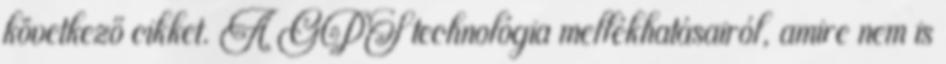
következő cikket. A GPS technológia mellékhatásairól, amire nem is